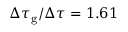
\Delta \tau _ { \mathrm { g } } / \Delta \tau = 1 . 6 1